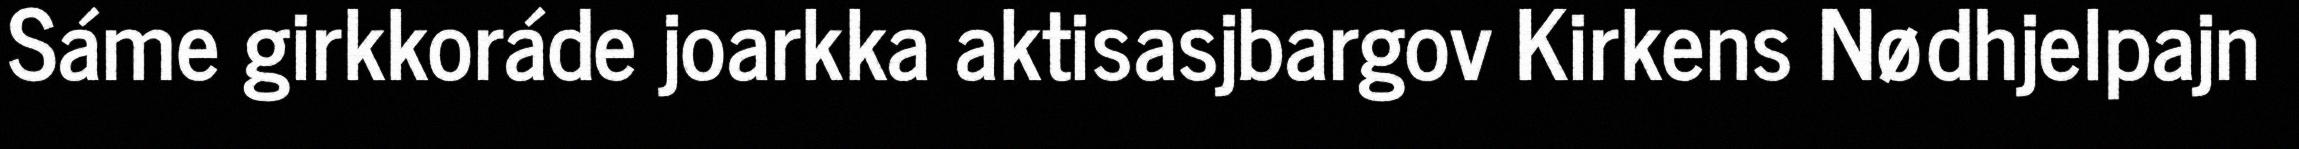
Sáme girkkoráde joarkka aktisasjbargov Kirkens Nødhjelpajn